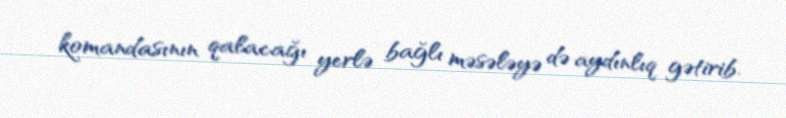
komandasının qalacağı yerlə bağlı məsələyə də aydınlıq gətirib.